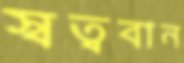
স্বত্ববান